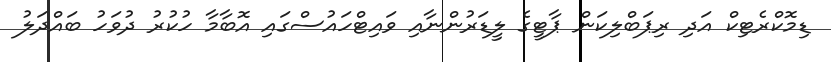
ޑިމޮކްރެޓިކް އަދި ރިޕަބްލިކަން ޕާޓީގެ ލީޑަރުންނާއި ވައިޓްހައުސްގައި އޮބާމާ ހުކުރު ދުވަހު ބައްދަލު